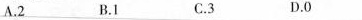
A.2_ B.1 C.3 D.0